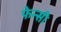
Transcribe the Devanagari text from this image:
फेन्सी